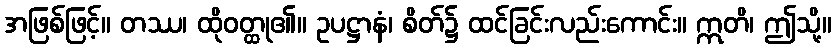
အဖြစ်ဖြင့်။ တဿ၊ ထိုဝတ္ထု၏။ ဥပဋ္ဌာနံ၊ စိတ်၌ ထင်ခြင်းလည်းကောင်း။ ဣတိ၊ ဤသို့။